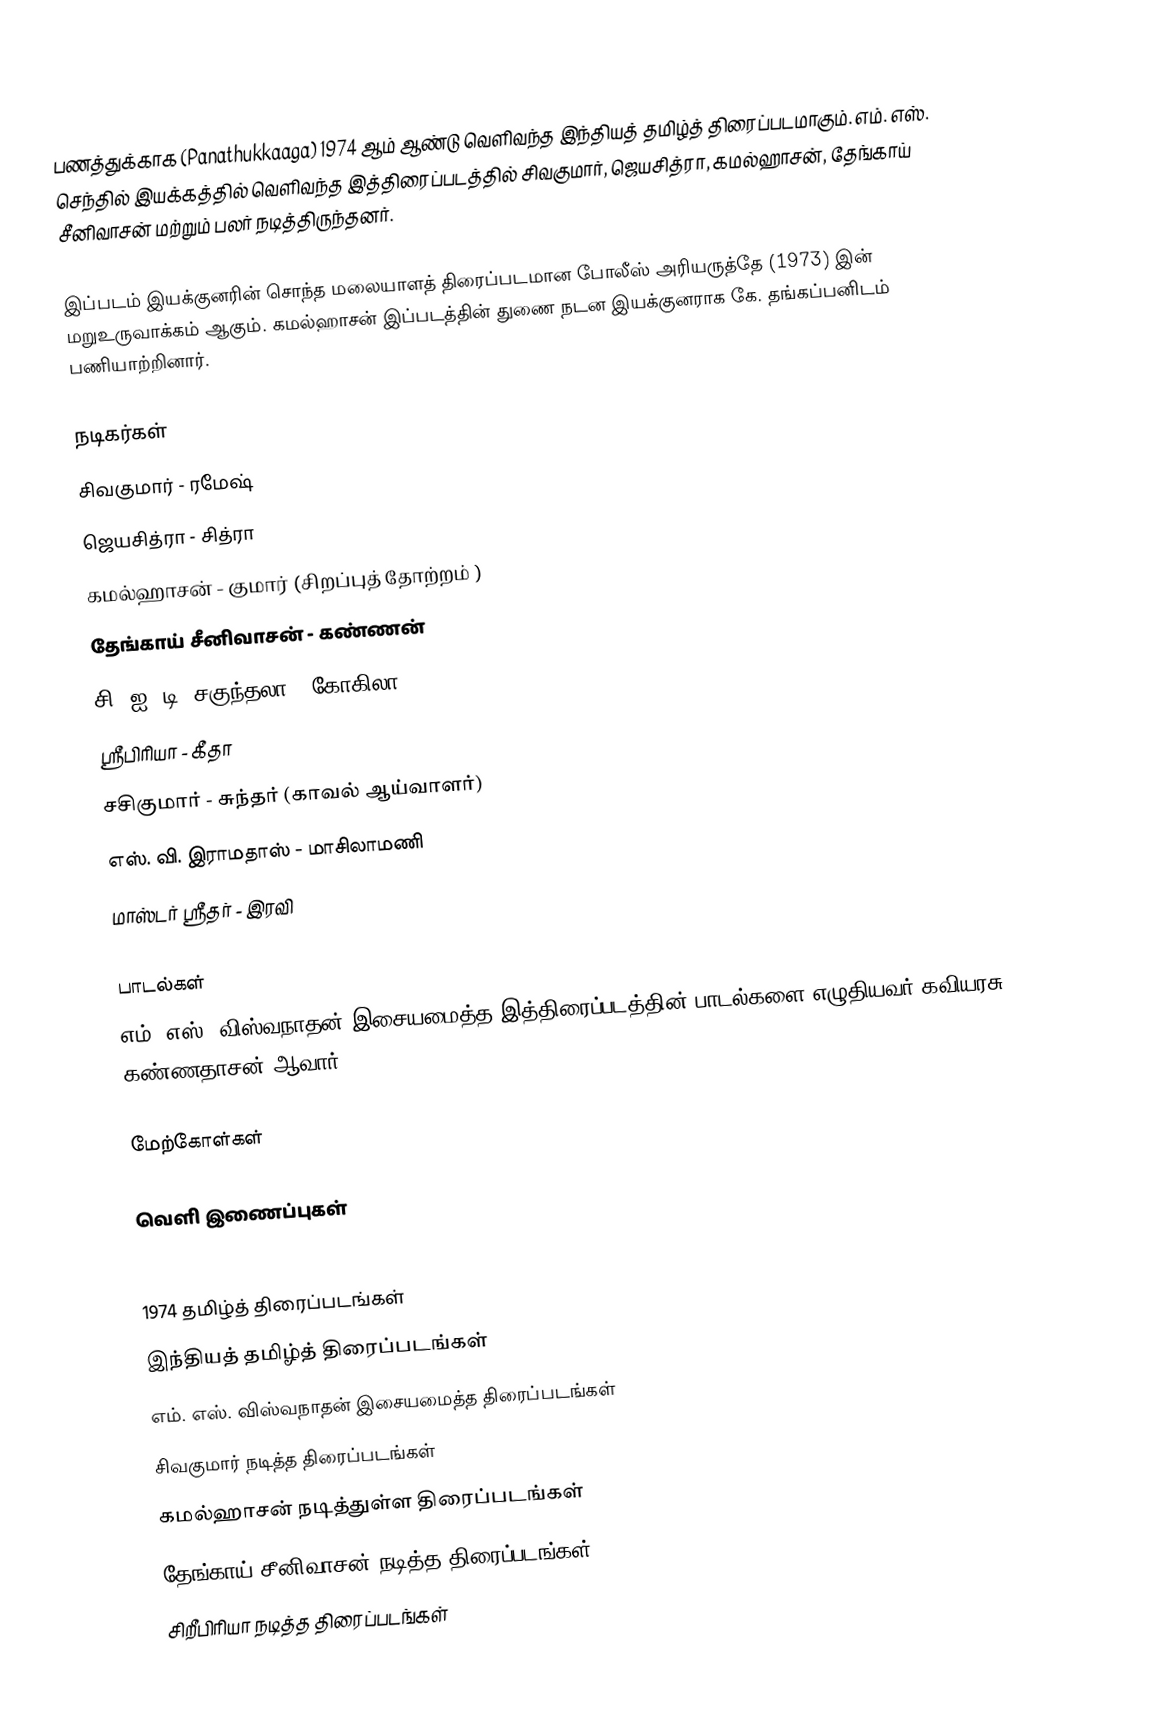
பணத்துக்காக (Panathukkaaga)  1974 ஆம் ஆண்டு வெளிவந்த இந்தியத் தமிழ்த் திரைப்படமாகும். எம். எஸ். செந்தில் இயக்கத்தில் வெளிவந்த இத்திரைப்படத்தில் சிவகுமார், ஜெயசித்ரா, கமல்ஹாசன், தேங்காய் சீனிவாசன் மற்றும் பலர் நடித்திருந்தனர்.

இப்படம் இயக்குனரின் சொந்த மலையாளத் திரைப்படமான போலீஸ் அரியருத்தே (1973) இன் மறுஉருவாக்கம் ஆகும். கமல்ஹாசன் இப்படத்தின் துணை நடன இயக்குனராக கே. தங்கப்பனிடம் பணியாற்றினார்.

நடிகர்கள்
 சிவகுமார் - ரமேஷ்
 ஜெயசித்ரா - சித்ரா
 கமல்ஹாசன் - குமார் (சிறப்புத் தோற்றம் )
 தேங்காய் சீனிவாசன் - கண்ணன்
 சி. ஐ. டி. சகுந்தலா - கோகிலா
 ஸ்ரீபிரியா - கீதா
 சசிகுமார் - சுந்தர் (காவல் ஆய்வாளர்)
 எஸ். வி. இராமதாஸ் - மாசிலாமணி
 மாஸ்டர் ஸ்ரீதர் - இரவி

பாடல்கள்
எம். எஸ். விஸ்வநாதன் இசையமைத்த இத்திரைப்படத்தின் பாடல்களை எழுதியவர் கவியரசு கண்ணதாசன் ஆவார்.

மேற்கோள்கள்

வெளி இணைப்புகள்

1974 தமிழ்த் திரைப்படங்கள்
இந்தியத் தமிழ்த் திரைப்படங்கள்
எம். எஸ். விஸ்வநாதன் இசையமைத்த திரைப்படங்கள்
சிவகுமார் நடித்த திரைப்படங்கள்
கமல்ஹாசன் நடித்துள்ள திரைப்படங்கள்
தேங்காய் சீனிவாசன் நடித்த திரைப்படங்கள்
சிறீபிரியா நடித்த திரைப்படங்கள்